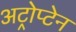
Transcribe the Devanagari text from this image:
अट्रोप्टेन